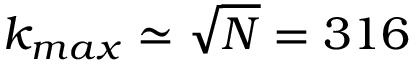
{ k _ { m a x } \simeq \sqrt { N } = 3 1 6 }